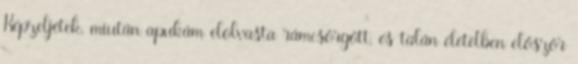
Képzeljétek, miután apukám elolvasta rámcsörgött, és talán életelben először